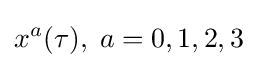
x^{a}(\tau ),\;a=0,1,2,3